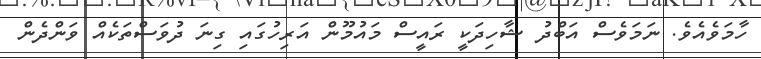
ހާމަވެއެވެ. ނަމަވެސް އަބްދު ޝާހިދަކީ ރައީސް މައުމޫން އަރިހުގައި ގިނަ ދުވަސްތަކެއް ވަންދެން